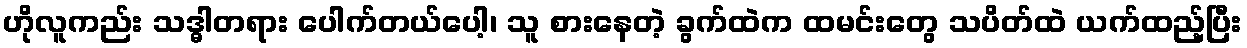
ဟိုလူကည်း သဒ္ဓါတရား ပေါက်တယ်ပေါ့၊ သူ စားနေတဲ့ ခွက်ထဲက ထမင်းတွေ သပိတ်ထဲ ယက်ထည့်ပြီး